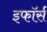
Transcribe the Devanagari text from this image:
इफॉर्स